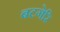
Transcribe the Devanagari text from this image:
बटगेरि